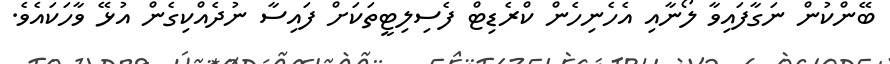
ބޭންކުން ނަގާފައިވާ ލޯނާއި އެހެނިހެން ކްރެޑިޓް ފެސިލިޓީތަކަށް ފައިސާ ނުދެއްކިގެން އުޅޭ ވާހަކައެވެ.